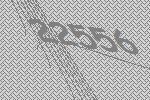
22556